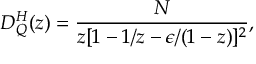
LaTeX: Q ^ { \prime } = Q + { \frac { 1 } { 2 } } \mathrm { d i a g } ( - 1 , 1 , 0 , 0 , 0 ) \ , \nonumber